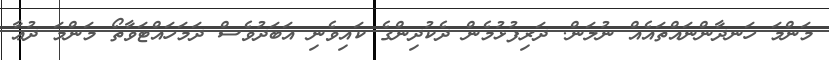
މަންމަ ހަނދާންނައްތައެއް ނުލަން. ދަރިފުޅުމެން ދެކުދިންގެ ކައިވެނި އަބަދުވެސް ދަމަހައްޓަވާތޯ މަންމަ ދުޢާ